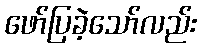
ဖော်ပြခဲ့သော်လည်း